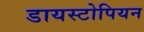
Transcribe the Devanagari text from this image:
डायस्टोपियन